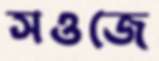
সওজে